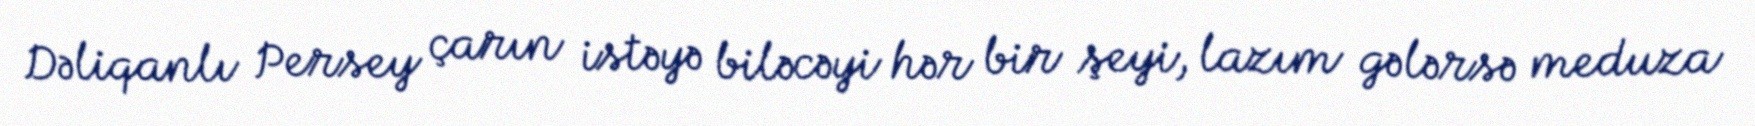
Dəliqanlı Persey çarın istəyə biləcəyi hər bir şeyi, lazım gələrsə meduza